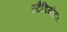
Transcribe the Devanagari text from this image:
स्टैडिमीटर